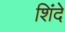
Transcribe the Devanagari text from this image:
शिंदे